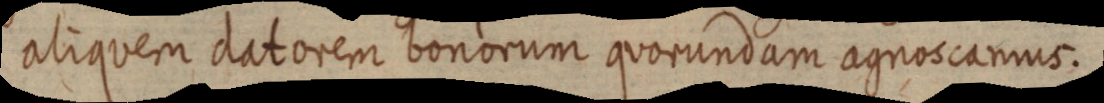
aliquem datorem bonorum quorundam agnoscamus.